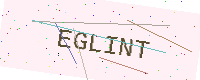
Text: EGLINT